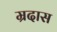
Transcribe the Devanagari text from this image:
म्रदास